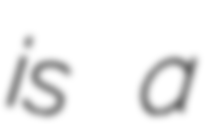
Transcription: is a